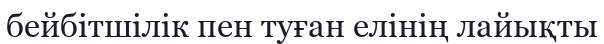
бейбітшілік пен туған елінің лайықты